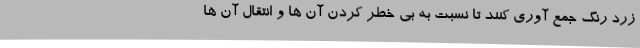
زرد رنگ جمع آوری کنند تا نسبت به بی خطر کردن آن ها و انتقال آن ها